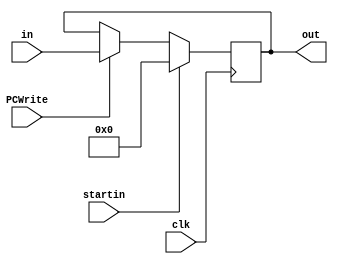
module PC (
    input [31:0] in,
    input PCWrite,
    input clk,
    input startin,
    output reg [31:0] out
);

  always @(posedge clk) begin
    if (startin) begin
      out <= 32'b0;
    end else if (PCWrite) begin
      out <= in;
    end
  end
endmodule